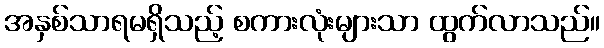
အနှစ်သာရမရှိသည့် စကားလုံးများသာ ထွက်လာသည်။